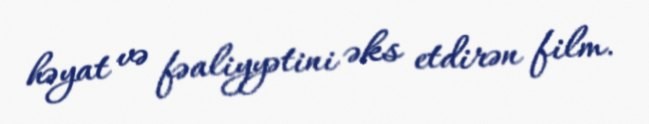
həyat və fəaliyyətini əks etdirən film.